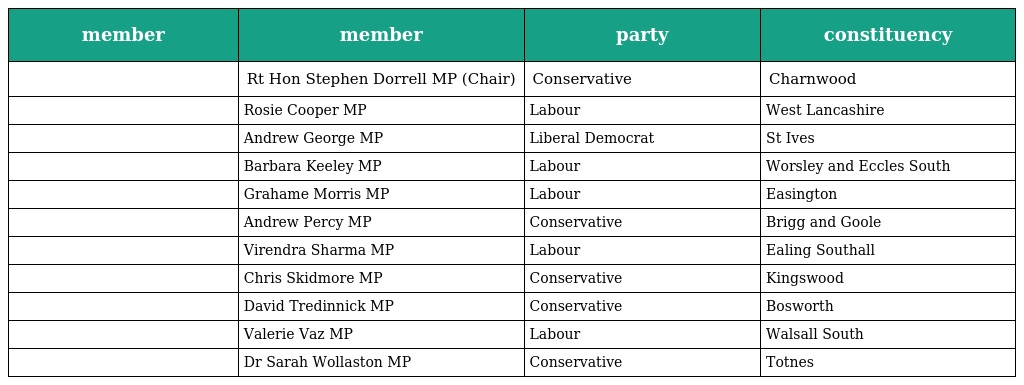
| member | member | party | constituency |
 | --- | --- | --- | --- |
 |  | Rt Hon Stephen Dorrell MP (Chair) | Conservative | Charnwood |
 |  | Rosie Cooper MP | Labour | West Lancashire |
 |  | Andrew George MP | Liberal Democrat | St Ives |
 |  | Barbara Keeley MP | Labour | Worsley and Eccles South |
 |  | Grahame Morris MP | Labour | Easington |
 |  | Andrew Percy MP | Conservative | Brigg and Goole |
 |  | Virendra Sharma MP | Labour | Ealing Southall |
 |  | Chris Skidmore MP | Conservative | Kingswood |
 |  | David Tredinnick MP | Conservative | Bosworth |
 |  | Valerie Vaz MP | Labour | Walsall South |
 |  | Dr Sarah Wollaston MP | Conservative | Totnes |